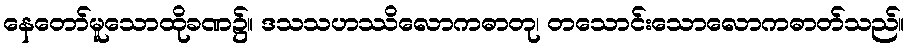
နေတော်မူသောထိုခဏ၌။ ဒသသဟဿိလောကဓာတု၊ တသောင်းသောလောကဓာတ်သည်။